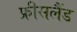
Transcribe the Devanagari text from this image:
फ्रीसलैंड